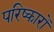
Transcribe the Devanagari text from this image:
परिष्कारों